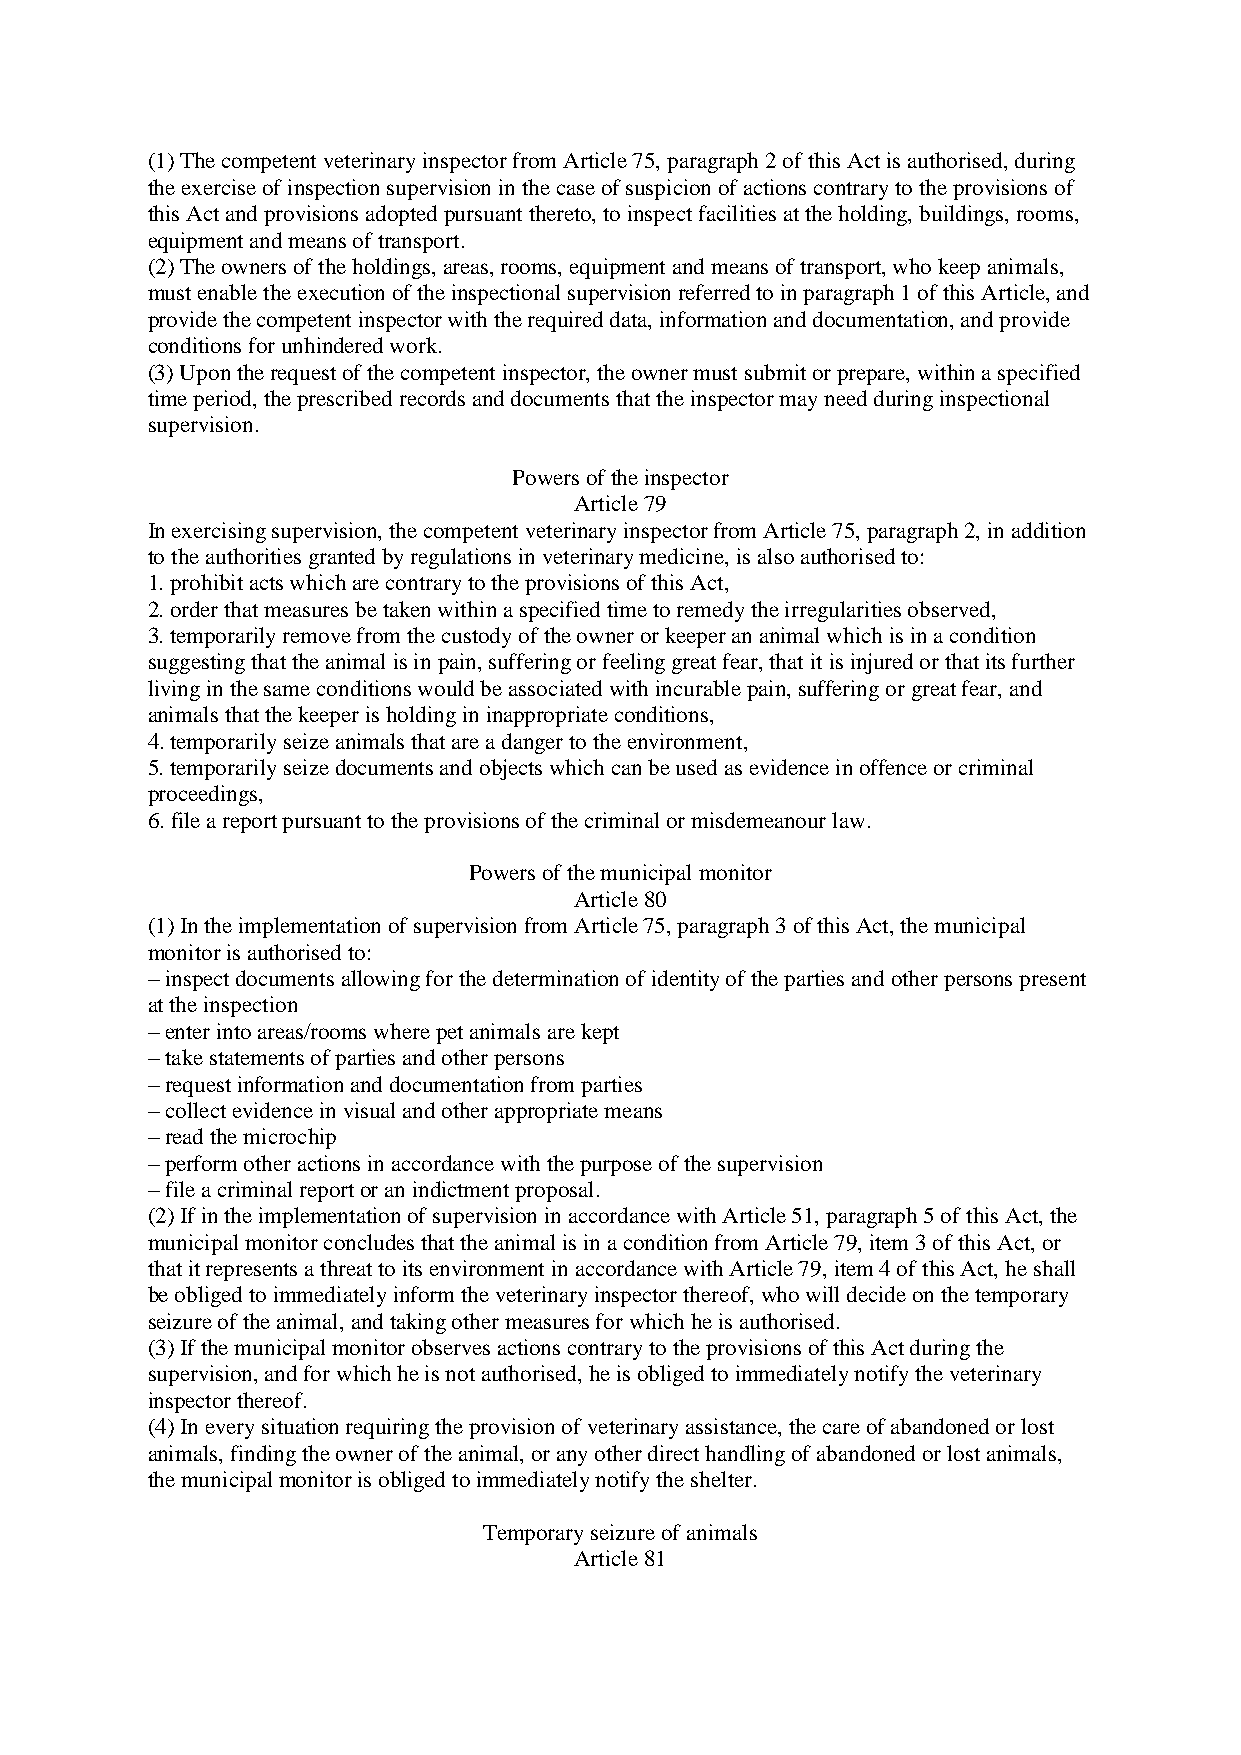
(1) The competent veterinary inspector from Article 75, paragraph 2 of this Act is authorised, during
 the exercise of inspection supervision in the case of suspicion of actions contrary to the provisions of
 this Act and provisions adopted pursuant thereto, to inspect facilities at the holding, buildings, rooms,
 equipment and means of transport.
 (2) The owners of the holdings, areas, rooms, equipment and means of transport, who keep animals,
 must enable the execution of the inspectional supervision referred to in paragraph 1 of this Article, and
 provide the competent inspector with the required data, information and documentation, and provide
 conditions for unhindered work.
 (3) Upon the request of the competent inspector, the owner must submit or prepare, within a specified
 time period, the prescribed records and documents that the inspector may need during inspectional
 supervision.
 Powers of the inspector
 Article 79
 In exercising supervision, the competent veterinary inspector from Article 75, paragraph 2, in addition
 to the authorities granted by regulations in veterinary medicine, is also authorised to:
 1. prohibit acts which are contrary to the provisions of this Act,
 2. order that measures be taken within a specified time to remedy the irregularities observed,
 3. temporarily remove from the custody of the owner or keeper an animal which is in a condition
 suggesting that the animal is in pain, suffering or feeling great fear, that it is injured or that its further
 living in the same conditions would be associated with incurable pain, suffering or great fear, and
 animals that the keeper is holding in inappropriate conditions,
 4. temporarily seize animals that are a danger to the environment,
 5. temporarily seize documents and objects which can be used as evidence in offence or criminal
 proceedings,
 6. file a report pursuant to the provisions of the criminal or misdemeanour law.
 Powers of the municipal monitor
 Article 80
 (1) In the implementation of supervision from Article 75, paragraph 3 of this Act, the municipal
 monitor is authorised to:
 – inspect documents allowing for the determination of identity of the parties and other persons present
 at the inspection
 – enter into areas/rooms where pet animals are kept
 – take statements of parties and other persons
 – request information and documentation from parties
 – collect evidence in visual and other appropriate means
 – read the microchip
 – perform other actions in accordance with the purpose of the supervision
 – file a criminal report or an indictment proposal.
 (2) If in the implementation of supervision in accordance with Article 51, paragraph 5 of this Act, the
 municipal monitor concludes that the animal is in a condition from Article 79, item 3 of this Act, or
 that it represents a threat to its environment in accordance with Article 79, item 4 of this Act, he shall
 be obliged to immediately inform the veterinary inspector thereof, who will decide on the temporary
 seizure of the animal, and taking other measures for which he is authorised.
 (3) If the municipal monitor observes actions contrary to the provisions of this Act during the
 supervision, and for which he is not authorised, he is obliged to immediately notify the veterinary
 inspector thereof.
 (4) In every situation requiring the provision of veterinary assistance, the care of abandoned or lost
 animals, finding the owner of the animal, or any other direct handling of abandoned or lost animals,
 the municipal monitor is obliged to immediately notify the shelter.
 Temporary seizure of animals
 Article 81